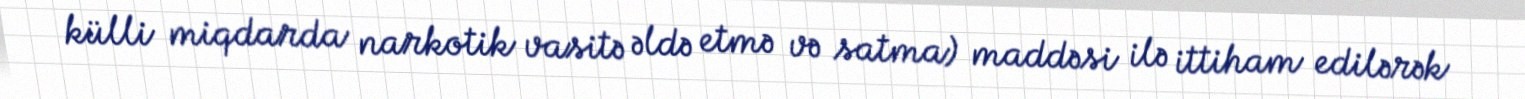
külli miqdarda narkotik vasitə əldə etmə və satma) maddəsi ilə ittiham edilərək